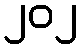
၂၀၂